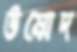
উম্মেদ